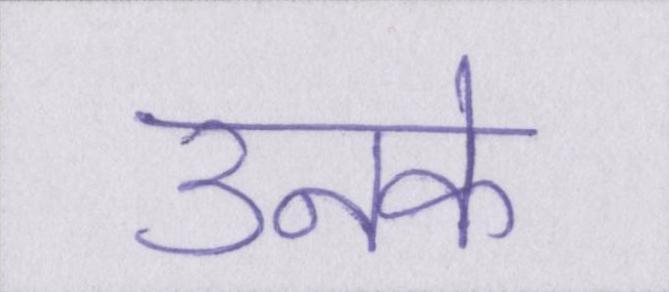
उनके